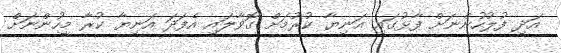
އަދި ފުލުހުންނަށް ފާޅުގައި އަނިޔާ ކުރުމަށް ގޮވާލައި އެފަދަ އަނިޔާ ކުރާ މީހުންނަށް